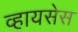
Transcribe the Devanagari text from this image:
व्हायसेस